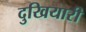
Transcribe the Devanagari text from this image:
दुखियारी